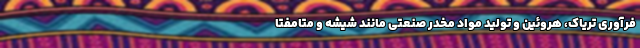
فرآوری تریاک، هروئین و تولید مواد مخدر صنعتی مانند شیشه و متامفتا